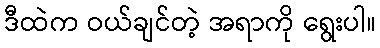
ဒီထဲက ဝယ်ချင်တဲ့ အရာကို ရွေးပါ။